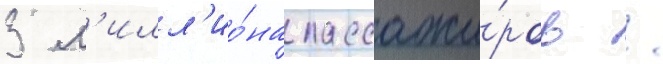
3 м'илл'ио́на пассажи́ров /